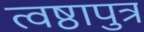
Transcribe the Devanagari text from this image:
त्वष्ठापुत्र